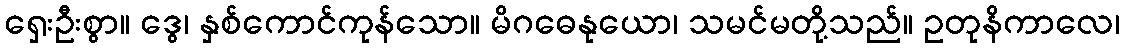
ရှေးဦးစွာ။ ဒွေ၊ နှစ်ကောင်ကုန်သော။ မိဂဓေနုယော၊ သမင်မတို့သည်။ ဥတုနိကာလေ၊